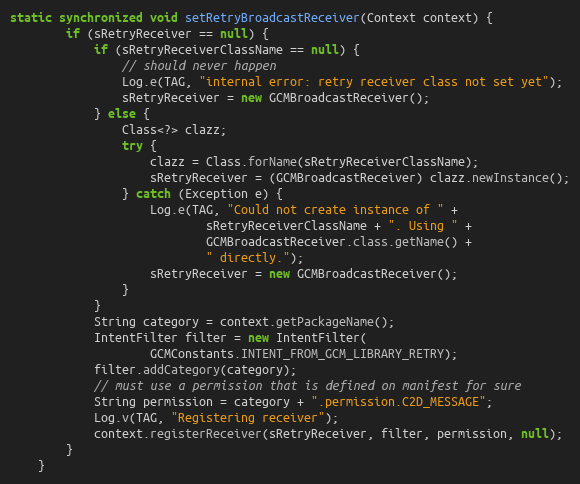
Language: Java
static synchronized void setRetryBroadcastReceiver(Context context) {
        if (sRetryReceiver == null) {
            if (sRetryReceiverClassName == null) {
                // should never happen
                Log.e(TAG, "internal error: retry receiver class not set yet");
                sRetryReceiver = new GCMBroadcastReceiver();
            } else {
                Class<?> clazz;
                try {
                    clazz = Class.forName(sRetryReceiverClassName);
                    sRetryReceiver = (GCMBroadcastReceiver) clazz.newInstance();
                } catch (Exception e) {
                    Log.e(TAG, "Could not create instance of " +
                            sRetryReceiverClassName + ". Using " +
                            GCMBroadcastReceiver.class.getName() +
                            " directly.");
                    sRetryReceiver = new GCMBroadcastReceiver();
                }
            }
            String category = context.getPackageName();
            IntentFilter filter = new IntentFilter(
                    GCMConstants.INTENT_FROM_GCM_LIBRARY_RETRY);
            filter.addCategory(category);
            // must use a permission that is defined on manifest for sure
            String permission = category + ".permission.C2D_MESSAGE";
            Log.v(TAG, "Registering receiver");
            context.registerReceiver(sRetryReceiver, filter, permission, null);
        }
    }